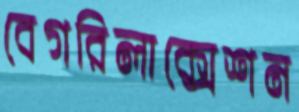
বেগরিলাক্সেশন